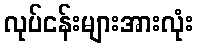
လုပ်ငန်းများအားလုံး